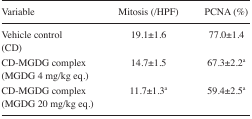
<table><thead><tr><td><b>Variable</b></td><td><b>Mitosis (/HPF)</b></td><td><b>PCNA (%)</b></td></tr></thead><tbody><tr><td>Vehicle control (CD)</td><td>19.1±1.6</td><td>77.0±1.4</td></tr><tr><td>CD-MGDG complex (MGDG 4 mg/kg eq.)</td><td>14.7±1.5</td><td>67.3±2.2<sup>a</sup></td></tr><tr><td>CD-MGDG complex (MGDG 20 mg/kg eq.)</td><td>11.7±1.3<sup>a</sup></td><td>59.4±2.5<sup>a</sup></td></tr></tbody></table>